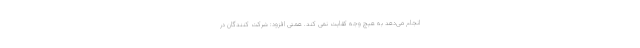
انجام می‌دهد به هیچ وجه کفایت نمی کند. همتی افزود: شرکت کنندگان در